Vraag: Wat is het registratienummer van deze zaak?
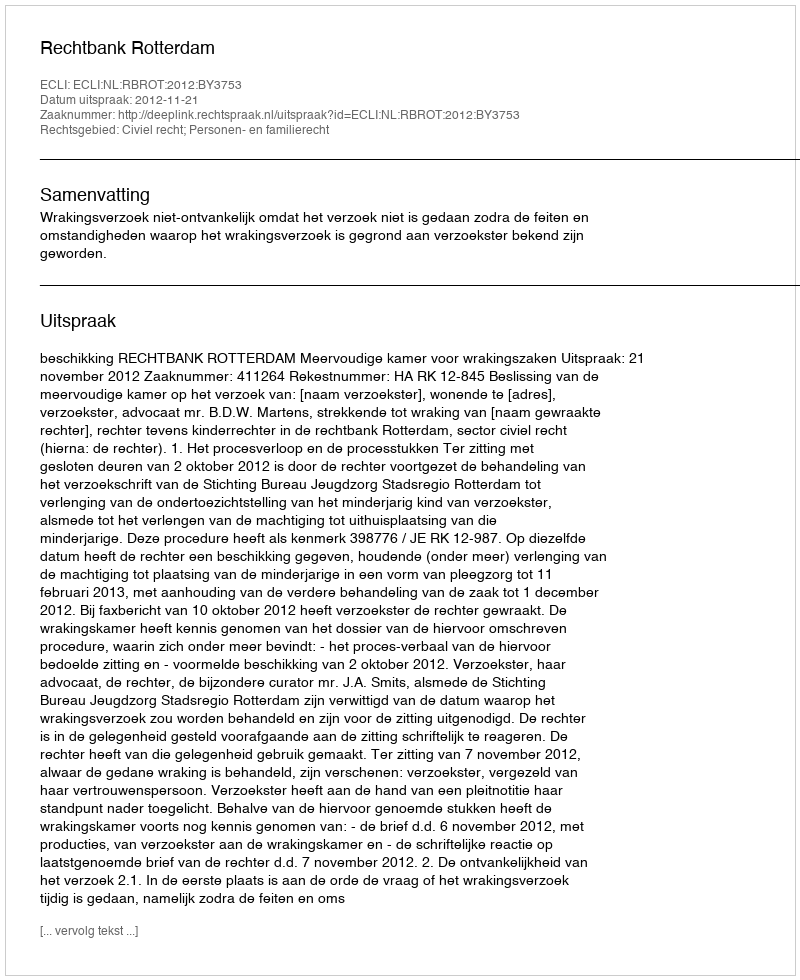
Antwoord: http://deeplink.rechtspraak.nl/uitspraak?id=ECLI:NL:RBROT:2012:BY3753